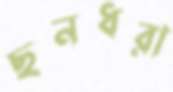
ছনধরা